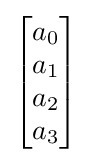
{\begin{bmatrix}a_{0}\\a_{1}\\a_{2}\\a_{3}\end{bmatrix}}